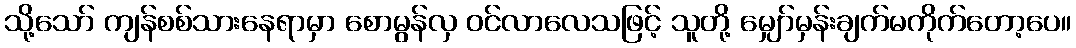
သို့သော် ကျန်စစ်သားနေရာမှာ စောမွန်လှ ဝင်လာလေသဖြင့် သူတို့ မျှော်မှန်းချက်မကိုက်တော့ပေ။